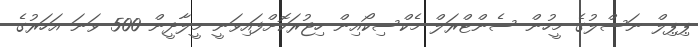
ޕިޕިލް ނަސްލުގެ މީހުން ސެންޓްރަލް މެކްސިކޯއިން ހިޖުރަކޮށްފައިވަނީ މީލާދީން 500 ވަނަ އަހަރުގެ